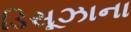
ડિસૂઝાના